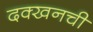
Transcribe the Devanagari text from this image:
दक्खनची